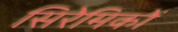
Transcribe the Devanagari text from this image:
सिरेमिकों